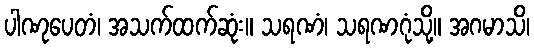
ပါဏုပေတံ၊ အသက်ထက်ဆုံး။ သရဏံ၊ သရဏဂုံသို့။ အဂမာသိ၊